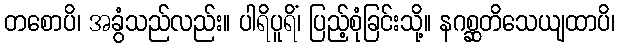
တစောပိ၊ အခွံသည်လည်း။ ပါရိပူရိံ၊ ပြည့်စုံခြင်းသို့။ နဂစ္ဆတိသေယျထာပိ၊